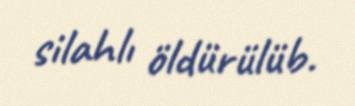
silahlı öldürülüb.